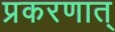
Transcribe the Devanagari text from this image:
प्रकरणात्‌